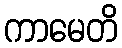
ကာမေတိ